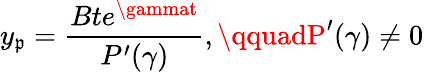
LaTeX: y_{\mathfrak{p}}={\frac{{Bte^{\gammat}}}{{P^{\prime}(\gamma)}}},\qquadP^{\prime}(\gamma)\neq0